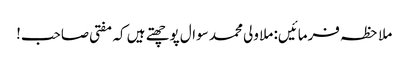
ملاحظہ فرمائیں: ملا ولی محمد سوال پوچھتے ہیں کہ مفتی صاحب!